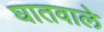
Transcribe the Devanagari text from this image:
घातवाले